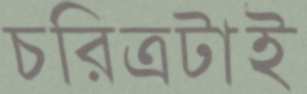
চরিত্রটাই